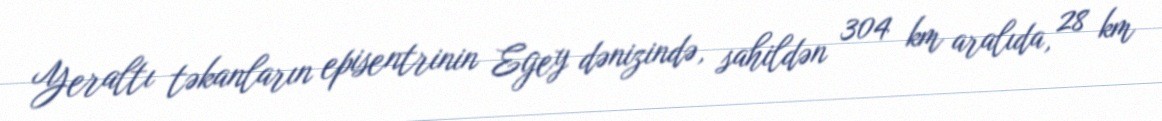
Yeraltı təkanların episentrinin Egey dənizində, sahildən 304 km aralıda, 28 km